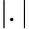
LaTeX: |.|